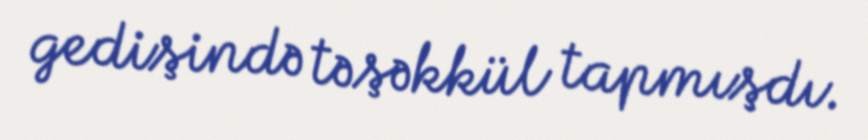
gedişində təşəkkül tapmışdı.